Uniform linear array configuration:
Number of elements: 4
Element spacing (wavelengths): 0.75
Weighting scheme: blackman
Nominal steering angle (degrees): -15
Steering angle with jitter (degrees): -14.526
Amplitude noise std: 0.05
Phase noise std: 0.05

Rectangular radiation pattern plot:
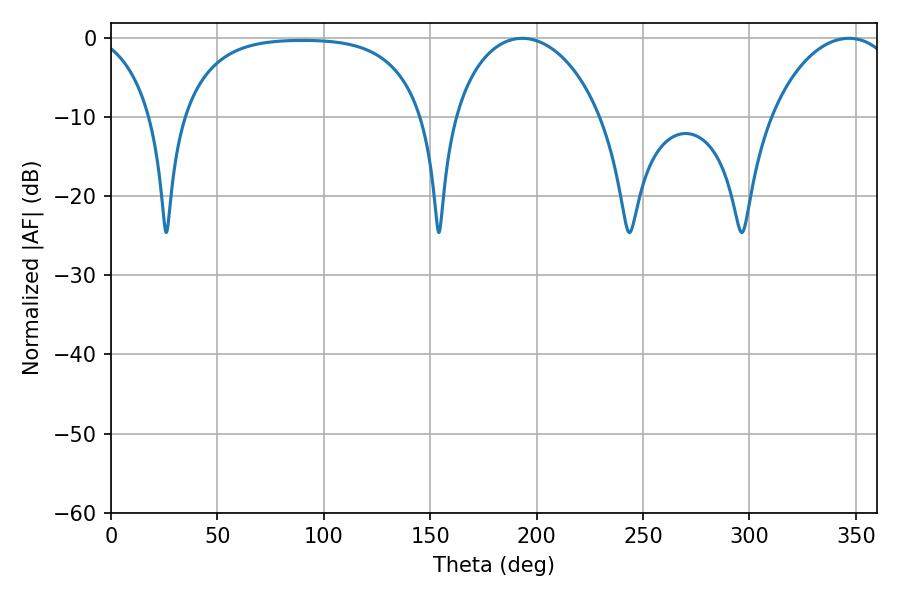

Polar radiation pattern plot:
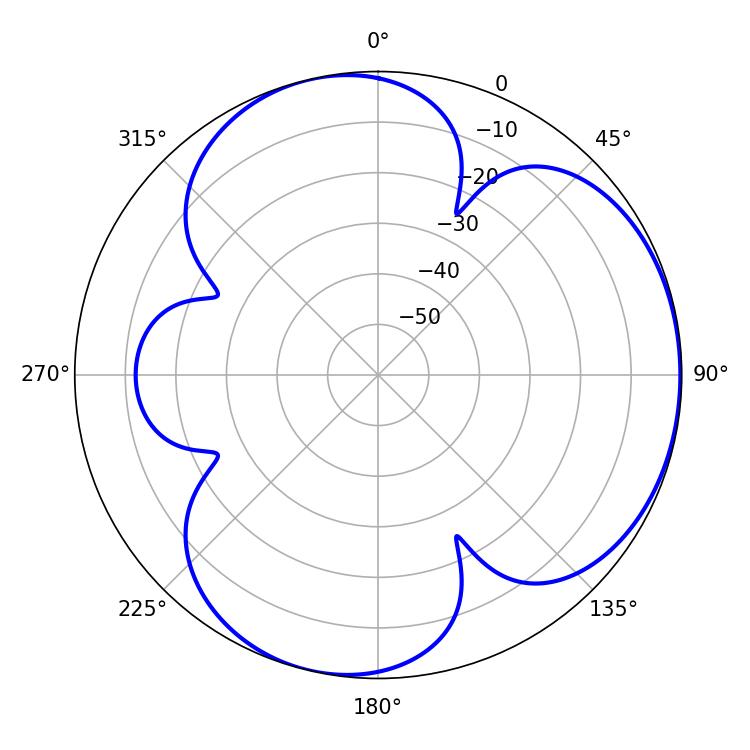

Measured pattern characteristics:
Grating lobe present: TRUE
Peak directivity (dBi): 4.104
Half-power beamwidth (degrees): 34.2
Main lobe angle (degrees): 346.68